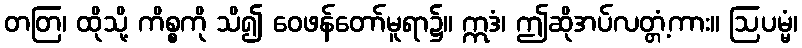
တတြ၊ ထိုသို့ ကိစ္စကို သိ၍ ဝေဖန်တော်မူရာ၌။ ဣဒံ၊ ဤဆိုအပ်လတ္တံ့ကား။ ဩပမ္မံ၊